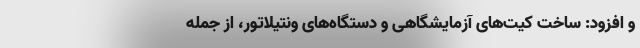
و افزود: ساخت کیت‌های آزمایشگاهی و دستگاه‌های ونتیلاتور، از جمله